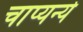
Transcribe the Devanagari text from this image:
चाप्यन्ये